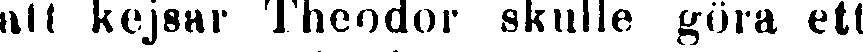
att kejsar Theodor skulle göra ett